system: You are a helpful assistant.
user:
Analyze the provided spectrum to determine if it is a **M-type Giant (gM)**.

A M-type Giant spectrum is defined by its **strong molecular absorption** features, particularly from **Titanium Oxide (TiO)**. You must check for one of the following mutually exclusive signatures:

- **Key Visual Indicators (Absorption-Dominated Spectrum):**

    - **(Primary):** The spectrum is dominated by strong molecular absorption from **Titanium Oxide (TiO)**. This is the **defining feature** of its M-type temperature class.
        - **(Key Bandheads):** Look for sharp, "saw-tooth" absorption valleys. The strongest are located near **~7050 Å**, **~6160 Å**, and **~5170 Å**.
        - **(Line Profile):** The "saw-tooth" morphology is critical: a **sharp, steep drop on the BLUE (short-wavelength) side** of the bandhead, followed by a gradual recovery (rising flux) towards the RED (long-wavelength) side.

    - **(Key Confirmation - Giant vs. Dwarf):** **ABSENCE** of strong **Calcium Hydride (CaH)** molecular bands. This is the primary diagnostic for *excluding* M-dwarfs.
        - **(Key Region):** The spectrum should lack the strong, broad absorption band seen in dwarfs between **~6800 Å and ~7000 Å**.

    - **(Secondary Confirmation - Giant):** A very strong and broad **Neutral Calcium (Ca I)** atomic absorption line.
        - **(Key Line):** Located at **~4226 Å**. In a giant (gM), this line is significantly deeper and broader than the same line in an M-dwarf (dM) due to low surface gravity.

    - **(Overall Spectrum):**
        - The continuum is **extremely red-sloping** (i.e., flux is very low in the blue and rises dramatically towards the red).
        - The entire spectrum appears "chopped up" by the deep TiO bands.

Think first, call **spectral_visualization_tool** if needed to examine features in detail, then provide your final answer. Your response must adhere to the following strict rules:
1.  **Overall Structure:** Your response must follow the format `<think>...</think> <tool_call>...</tool_call> (if a tool is used) <answer>...</answer>`.
2.  **Tool Usage Constraint:** You may only make **one** tool call per turn.
3.  **Final Answer Format:** In the `<answer>` tag, your conclusion must be inside a `\boxed{}` command (e.g., `\boxed{YES}` or `\boxed{NO}`), followed by your justification.

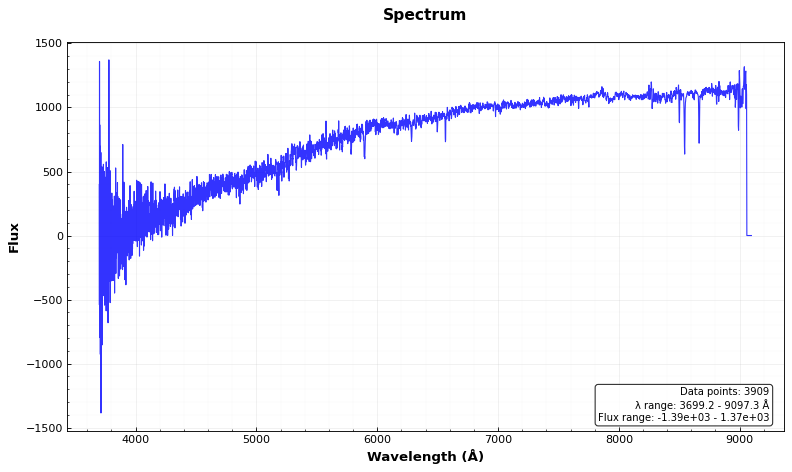
Answer: NO